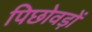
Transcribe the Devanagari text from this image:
पिछोवड़ों